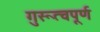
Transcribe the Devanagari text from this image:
गुरूत्वपूर्ण